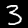
Label: 3